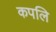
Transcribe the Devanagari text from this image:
कपलि